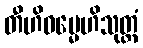
တီဟိဓမ္မေဟိသုတ္တံ